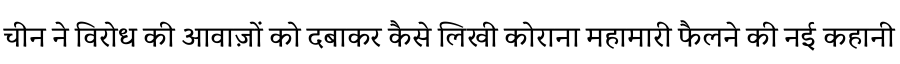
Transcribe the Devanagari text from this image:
चीन ने विरोध की आवाज़ों को दबाकर कैसे लिखी कोराना महामारी फैलने की नई कहानी